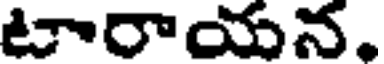
టారాయన.